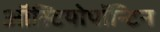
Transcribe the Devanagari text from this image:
ऑस्टियोपॉन्टिन